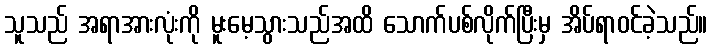
သူသည် အရာအားလုံးကို မူးမေ့သွားသည်အထိ သောက်ပစ်လိုက်ပြီးမှ အိပ်ရာဝင်ခဲ့သည်။